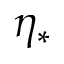
\eta _ { * }